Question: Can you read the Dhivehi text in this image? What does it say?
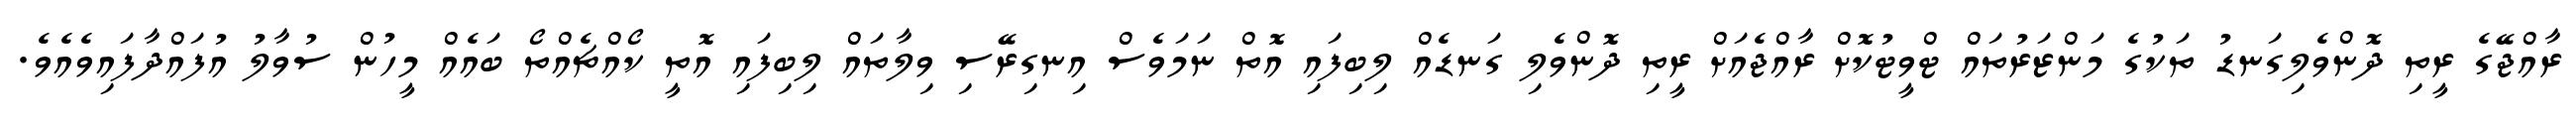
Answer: ރާއްޖޭގެ ރީތި ދޮންވެލިގަނޑު ތަކުގެ މަންޒަރުތައް ޓްވީޓުކޮށް ރާއްޖެއަށް ރީތި ދޮންވެލި ގަނޑެއް ލިބިފައި އޮތް ނަމަވެސް އިނގިރޭސި ވިލާތައް ލިބިފައި އޮތީ ކޯއްޗެއްތޯ ބައެއް މީހުން ސުވާލު އުފައްދާފައިވެއެވެ.